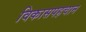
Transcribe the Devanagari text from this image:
विकासपहचान